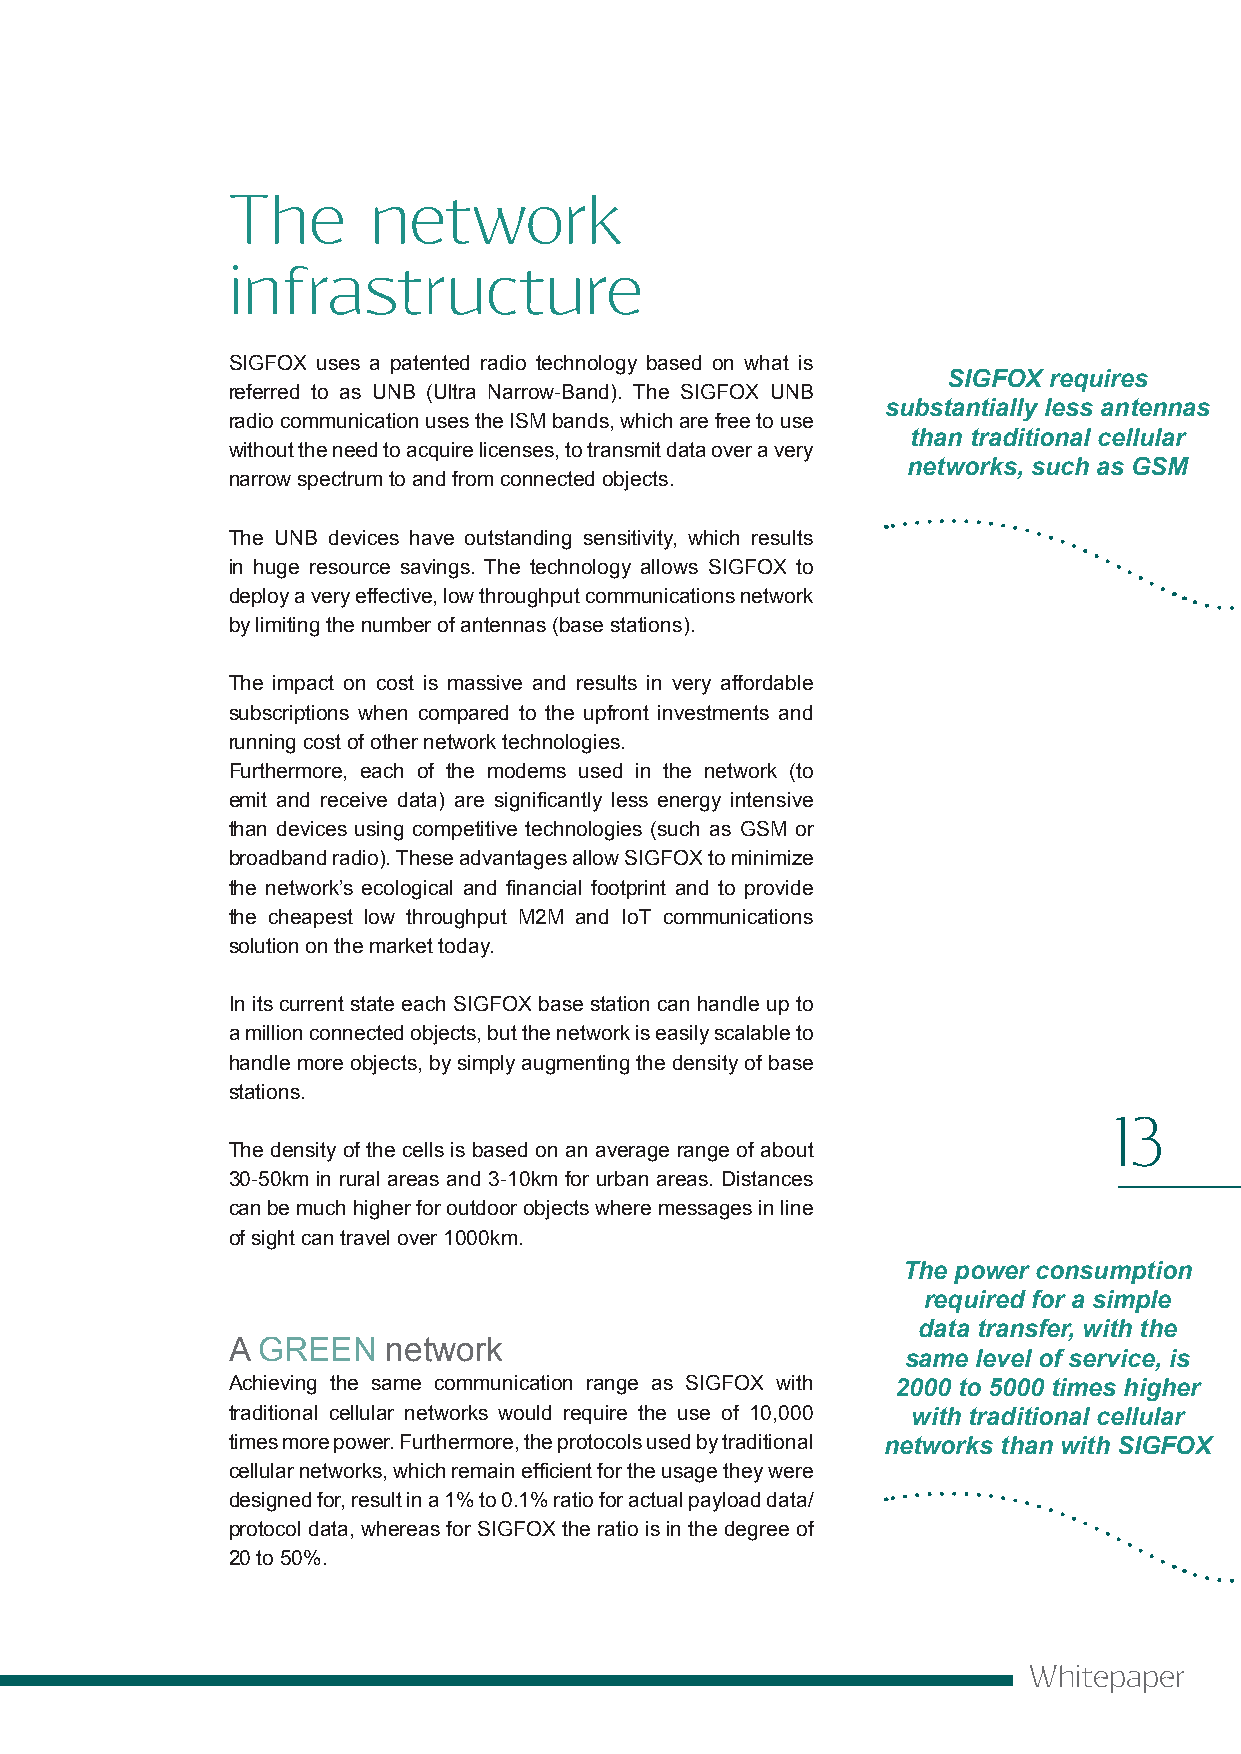
The      network
 infrastructure
 SIGFOX uses a patented radio technology based on what is
 SIGFOX requires
 referred to as UNB (Ultra Narrow-Band). The SIGFOX UNB
 substantially less antennas
 radio communication uses the ISM bands, which are free to use
 than traditional cellular
 without the need to acquire licenses, to transmit data over a very
 networks, such as GSM
 narrow spectrum to and from connected objects.
 The UNB devices have outstanding sensitivity, which results
 in huge resource savings. The technology allows SIGFOX to
 deploy a very effective, low throughput communications network
 by limiting the number of antennas (base stations).
 The impact on cost is massive and results in very affordable
 subscriptions when compared to the upfront investments and
 running cost of other network technologies.
 Furthermore, each of the modems used in the network (to
 emit and receive data) are significantly less energy intensive
 than devices using competitive technologies (such as GSM or
 broadband radio). These advantages allow SIGFOX to minimize
 the network’s ecological and financial footprint and to provide
 the cheapest low throughput M2M and IoT communications
 solution on the market today.
 In its current state each SIGFOX base station can handle up to
 a million connected objects, but the network is easily scalable to
 handle more objects, by simply augmenting the density of base
 stations.
 13
 The density of the cells is based on an average range of about
 30-50km in rural areas and 3-10km for urban areas. Distances
 can be much higher for outdoor objects where messages in line
 of sight can travel over 1000km.
 The power consumption
 required for a simple
 data transfer, with the
 A GREEN    network
 same level of service, is
 Achieving the same communication range as SIGFOX with 2000 to 5000 times higher
 traditional cellular networks would require the use of 10,000 with traditional cellular
 times more power. Furthermore, the protocols used by traditional networks than with SIGFOX
 cellular networks, which remain efficient for the usage they were
 designed for, result in a 1% to 0.1% ratio for actual payload data/
 protocol data, whereas for SIGFOX the ratio is in the degree of
 20 to 50%.
 Whitepaper